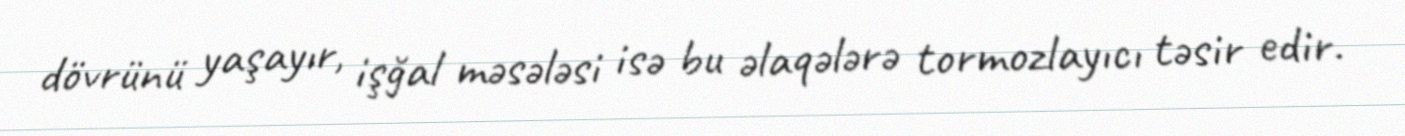
dövrünü yaşayır, işğal məsələsi isə bu əlaqələrə tormozlayıcı təsir edir.